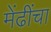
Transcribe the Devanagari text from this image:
मेंढींचा